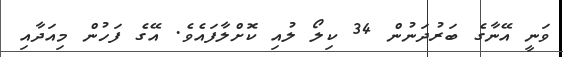
ވަނީ އޭނާގެ ބަރުދަނުން 34 ކިލޯ ލުއި ކޮށްލާފައެވެ. އޭގެ ފަހުން މިއަދާއި